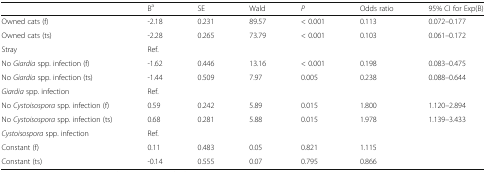
<table><thead><tr><td></td><td><b>B<sup>a</sup></b></td><td><b>SE</b></td><td><b>Wald</b></td><td><b><i>P</i></b></td><td><b>Odds ratio</b></td><td><b>95% CI for Exp(B)</b></td></tr></thead><tbody><tr><td>Owned cats (f)</td><td>-2.18</td><td>0.231</td><td>89.57</td><td>&lt; 0.001</td><td>0.113</td><td>0.072–0.177</td></tr><tr><td>Owned cats (ts)</td><td>-2.28</td><td>0.265</td><td>73.79</td><td>&lt; 0.001</td><td>0.103</td><td>0.061–0.172</td></tr><tr><td>Stray</td><td colspan="6">Ref.</td></tr><tr><td>No <i>Giardia</i> spp. infection (f)</td><td>-1.62</td><td>0.446</td><td>13.16</td><td>&lt; 0.001</td><td>0.198</td><td>0.083–0.475</td></tr><tr><td>No <i>Giardia</i> spp. infection (ts)</td><td>-1.44</td><td>0.509</td><td>7.97</td><td>0.005</td><td>0.238</td><td>0.088–0.644</td></tr><tr><td><i>Giardia</i> spp. infection</td><td colspan="6">Ref.</td></tr><tr><td>No <i>Cystoisospora</i> spp. infection (f)</td><td>0.59</td><td>0.242</td><td>5.89</td><td>0.015</td><td>1.800</td><td>1.120–2.894</td></tr><tr><td>No <i>Cystoisospora</i> spp. infection (ts)</td><td>0.68</td><td>0.281</td><td>5.88</td><td>0.015</td><td>1.978</td><td>1.139–3.433</td></tr><tr><td><i>Cystoisospora</i> spp. infection</td><td colspan="6">Ref.</td></tr><tr><td>Constant (f)</td><td>0.11</td><td>0.483</td><td>0.05</td><td>0.821</td><td>1.115</td><td></td></tr><tr><td>Constant (ts)</td><td>-0.14</td><td>0.555</td><td>0.07</td><td>0.795</td><td>0.866</td><td></td></tr></tbody></table>